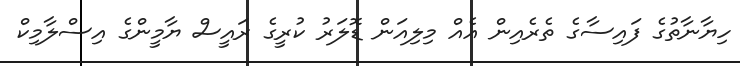
ހިޔާނާތުގެ ފައިސާގެ ތެރެއިން އެއް މިލިއަން ޑޮލަރު ކުރީގެ ރައީސް ޔާމީންގެ އިސްލާމިކް